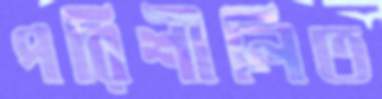
পরিশীলিত